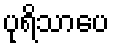
ပုရိသာပေ